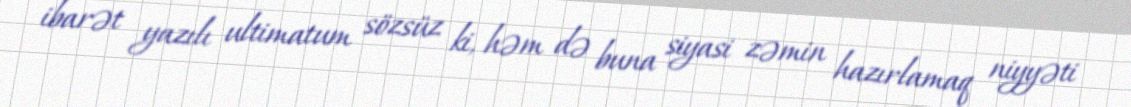
ibarət yazılı ultimatum sözsüz ki, həm də buna siyasi zəmin hazırlamaq niyyəti